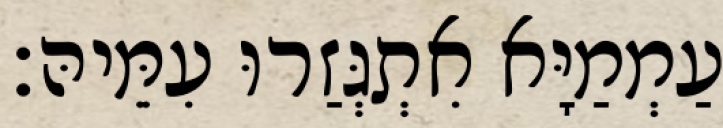
עַמְמַיָּא אִתְגְּזַרוּ עִמֵּיהּ׃